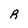
Character: R